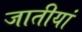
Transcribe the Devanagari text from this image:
जातीयां